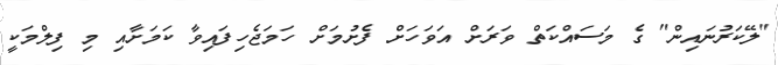
"ލޭކަރުނައިން" ގެ މަސައްކަތް ވަރަށް އަވަހަށް ފެށުމަށް ހަމަޖެހިފައިވާ ކަމަށާއި މި ފިލްމަކީ